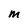
Character: m